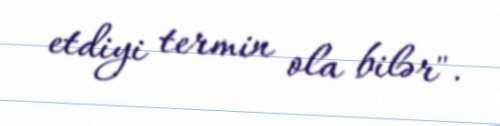
etdiyi termin ola bilər".